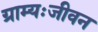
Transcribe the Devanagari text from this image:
ग्राम्यःजीवन